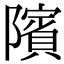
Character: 䧬